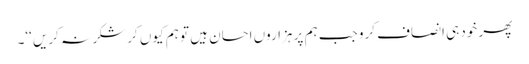
پھر خود ہی انصاف کرو جب ہم پر ہزاروں احسان ہیں تو ہم کیوں کر شکر نہ کریں ‘‘۔